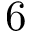
6